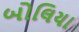
બોલિયા